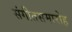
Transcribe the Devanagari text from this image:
संगीतसमारोह